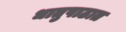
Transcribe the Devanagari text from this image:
धातुपाठात